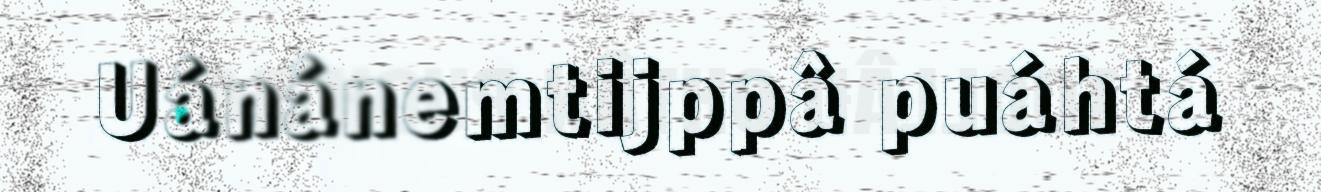
Uánánemtijppâ puáhtá